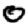
Digit: 0